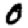
Digit: 0